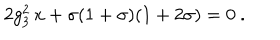
LaTeX: 2 g _ { 3 } ^ { 2 } \, x + \sigma ( 1 + \sigma ) ( 1 + 2 \sigma ) = 0 \ .